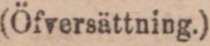
(Öfversättning.)